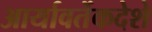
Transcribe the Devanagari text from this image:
आर्यावर्तेकदेशे